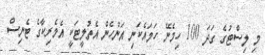
މި ލިސްޓުގެ ގަދަ 100 ހިމެނޭ ހަމައެކަނި އަންހެން އެތުލީޓަކީ އެމެރިކާގެ ޓެނިސް